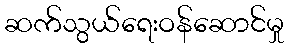
ဆက်သွယ်ရေးဝန်ဆောင်မှု